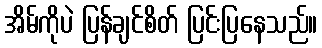
အိမ်ကိုပဲ ပြန်ချင်စိတ် ပြင်းပြနေသည်။